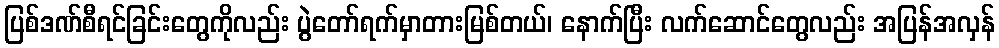
ပြစ်ဒဏ်စီရင်ခြင်းတွေကိုလည်း ပွဲတော်ရက်မှာတားမြစ်တယ်၊ နောက်ပြီး လက်ဆောင်တွေလည်း အပြန်အလှန်